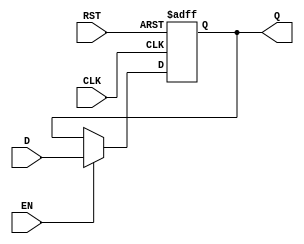
module BarrierRegister #(
    parameter WIDTH = 8 // Parameterizable width for data input/output
)(
    input  wire [WIDTH-1:0] D,   // Data input
    input  wire               CLK, // Clock signal
    input  wire               EN,  // Enable signal
    input  wire               RST, // Asynchronous reset
    output reg  [WIDTH-1:0] Q    // Data output
);

// Asynchronous reset and synchronous data capture on clock edge
always @(posedge CLK or posedge RST) begin
    if (RST) begin
        Q <= {WIDTH{1'b0}}; // Reset output to zero
    end else if (EN) begin
        Q <= D; // Capture input data
    end
    // If EN is low, Q retains its previous value
end

endmodule